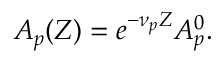
\begin{array} { r } { A _ { p } ( Z ) = e ^ { - \nu _ { p } Z } A _ { p } ^ { 0 } . } \end{array}